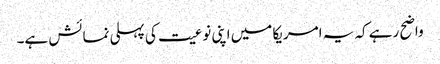
واضح رہے کہ یہ امریکا میں اپنی نوعیت کی پہلی نمائش ہے۔